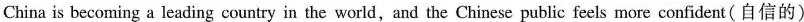
China is becoming a leading country in the world,and the Chinese public feels more confident (自信的)